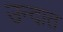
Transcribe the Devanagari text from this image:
उन्दात